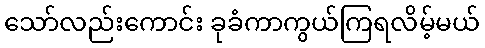
သော်လည်းကောင်း ခုခံကာကွယ်ကြရလိမ့်မယ်